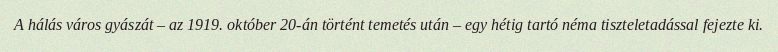
A hálás város gyászát – az 1919. október 20-án történt temetés után – egy hétig tartó néma tiszteletadással fejezte ki.